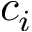
c _ { i }